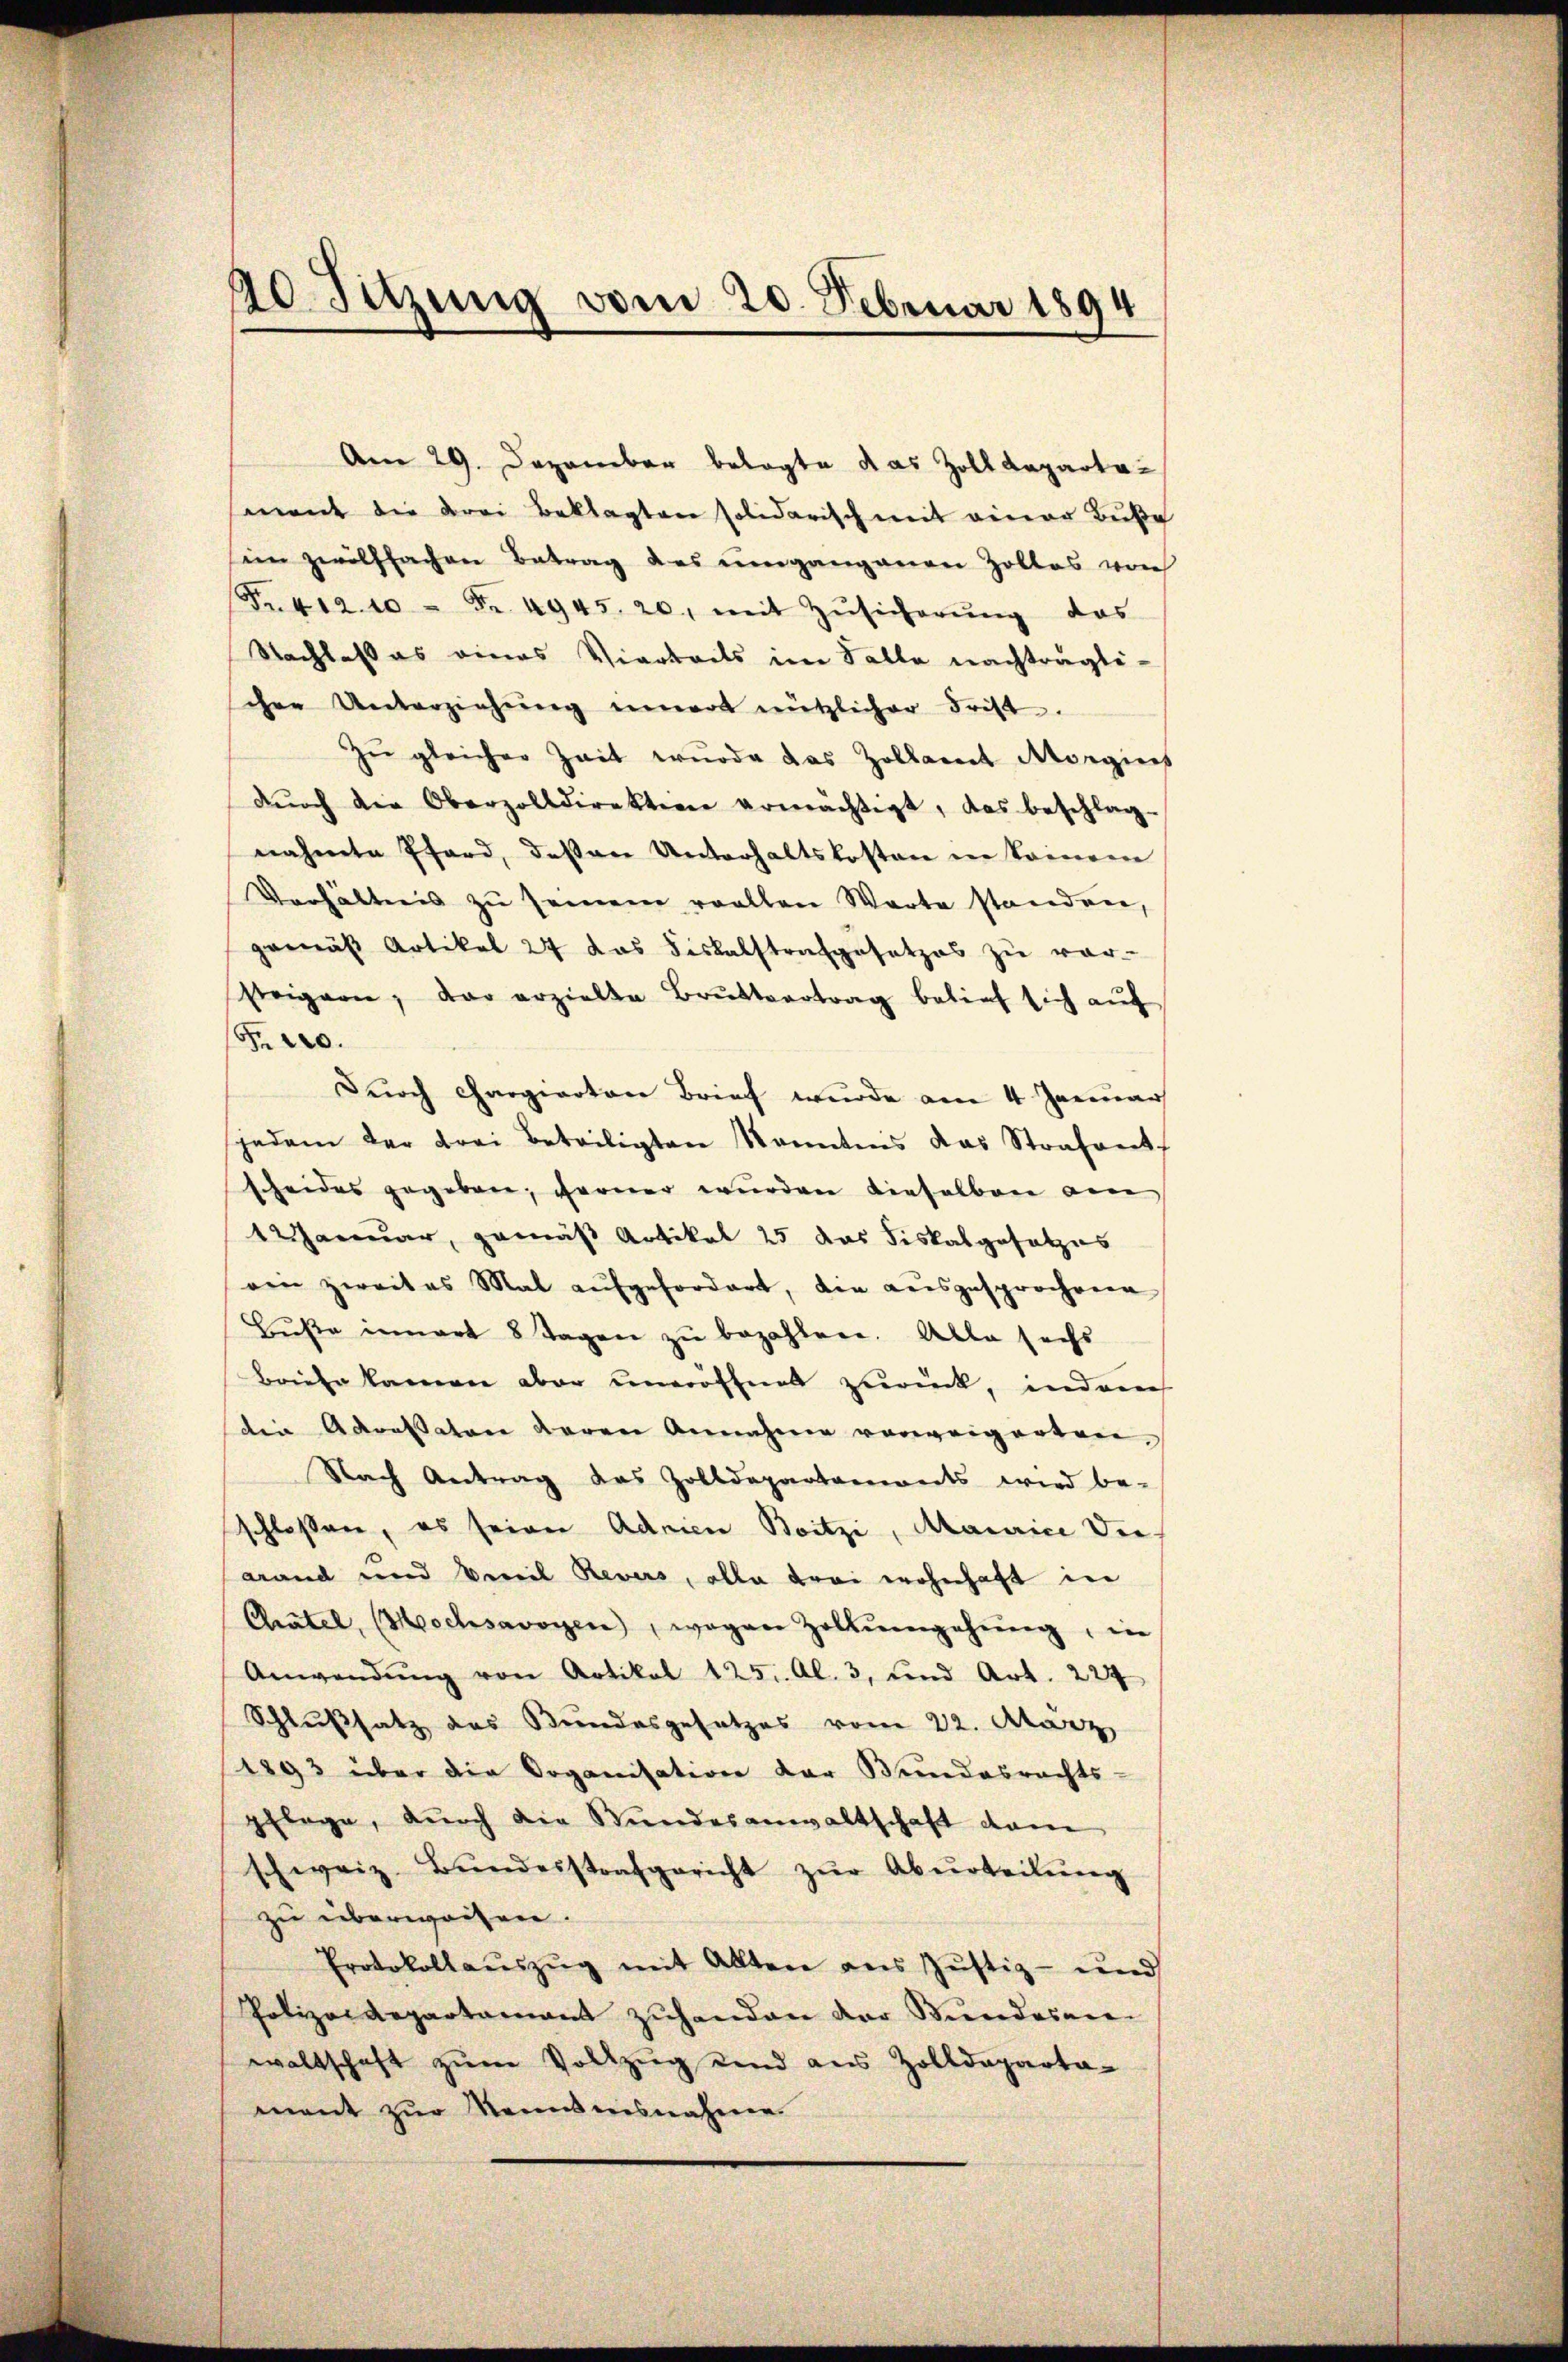
20. Sitzung vom 20. Februar 1894

Am 29. Dezember belagte das Zolldeparta-
mant die drei Beklagten solidarisch mit einer Buße
im zwölffachen Betrag des umgangenen Zollas von
Fr. 412. 10 Fr. 4945. 20, mit Zŭsicherŭng das
Nachlaß es eines Vierteils im Falle nachträgti-
chen Unterziehŭng innert nützlicher Frist.
Zŭ gleicher Zeit wurde das Zollamt Morgins
dŭrch die Oberzolldirektion ermächtigt, das beschlag-
nahmte Pfard, deßen Unterhaltskosten in keinern
Verhältnis zŭ seinem reellen Warte standen,
gemäβ Artikel 24 das Fiskalstrafgesetzes zŭ ver-
steigern, der erzielte Brŭttvertrag belief sich auf
Pro.
Durch Chargierten Brief wurde am 4 Januar
jedem der Frei Beteiligten Kenntnis das Strafant
scheides gegeben; ferner wurden dieselben am
1 Januar, gemäß Artikel 25 das Fiskalgesetzes
ein zweites Mal aŭfgefordert, die ausgesprochene
Buße innert 8 Tagen zu bezahlen. Alle sechs
Briefe kamen aber uneröffnet zurück, inder
die Adressaton deren Annahme vorweigerten
Nach Antrag des Zolldepartaments wird be-
schlossen, es seien Admien Boitzi, Maurice die¬
Grand und Vereil Revers, alle drei wohnhaft in
Chatel, (Mochsavoyen, wegen Zollŭmgehŭng, in
Anwendŭng von Artikel 125. Al. 3, und Art. 224
Schlußsatz des Bundesgesetzes vom 22. März
1893 über die Organisation der Bundesrechts-
pflege, durch die Stundesanwaltschaft dann
schweiz. Bŭndesstrafgericht zŭr Aberteilŭng
zu überweiten.
Protokollaŭszŭg mit Alten ans Jŭstiz- und
Polizeidepartamant zŭhanden der Bundesare-
waltschaft zum Vollzug sind aus Zolldeparta-
mant zur Kenntnisnahmen